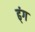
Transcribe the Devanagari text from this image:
ढ्ंग